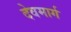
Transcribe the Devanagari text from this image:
देवमार्ग